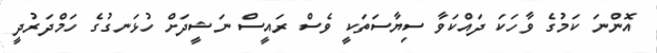
އޮންނަ ކަމުގެ ވާހަކަ ދައްކަވާ ސިޔާސަތަކީ ވެސް ރައީސް ނަޝީދަށް ހުޅަނގުގެ ހަމްދަރުދީ